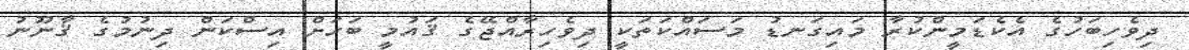
ދިވެހިބަހުގެ އެކެޑަމީންކުރާ މައިގަނޑު މަސައްކަތަކީ ދިވެހިރާއްޖޭގެ ޤައުމީ ބަހަށް އިސްކަން ދިނުމުގެ ޤާނޫނު